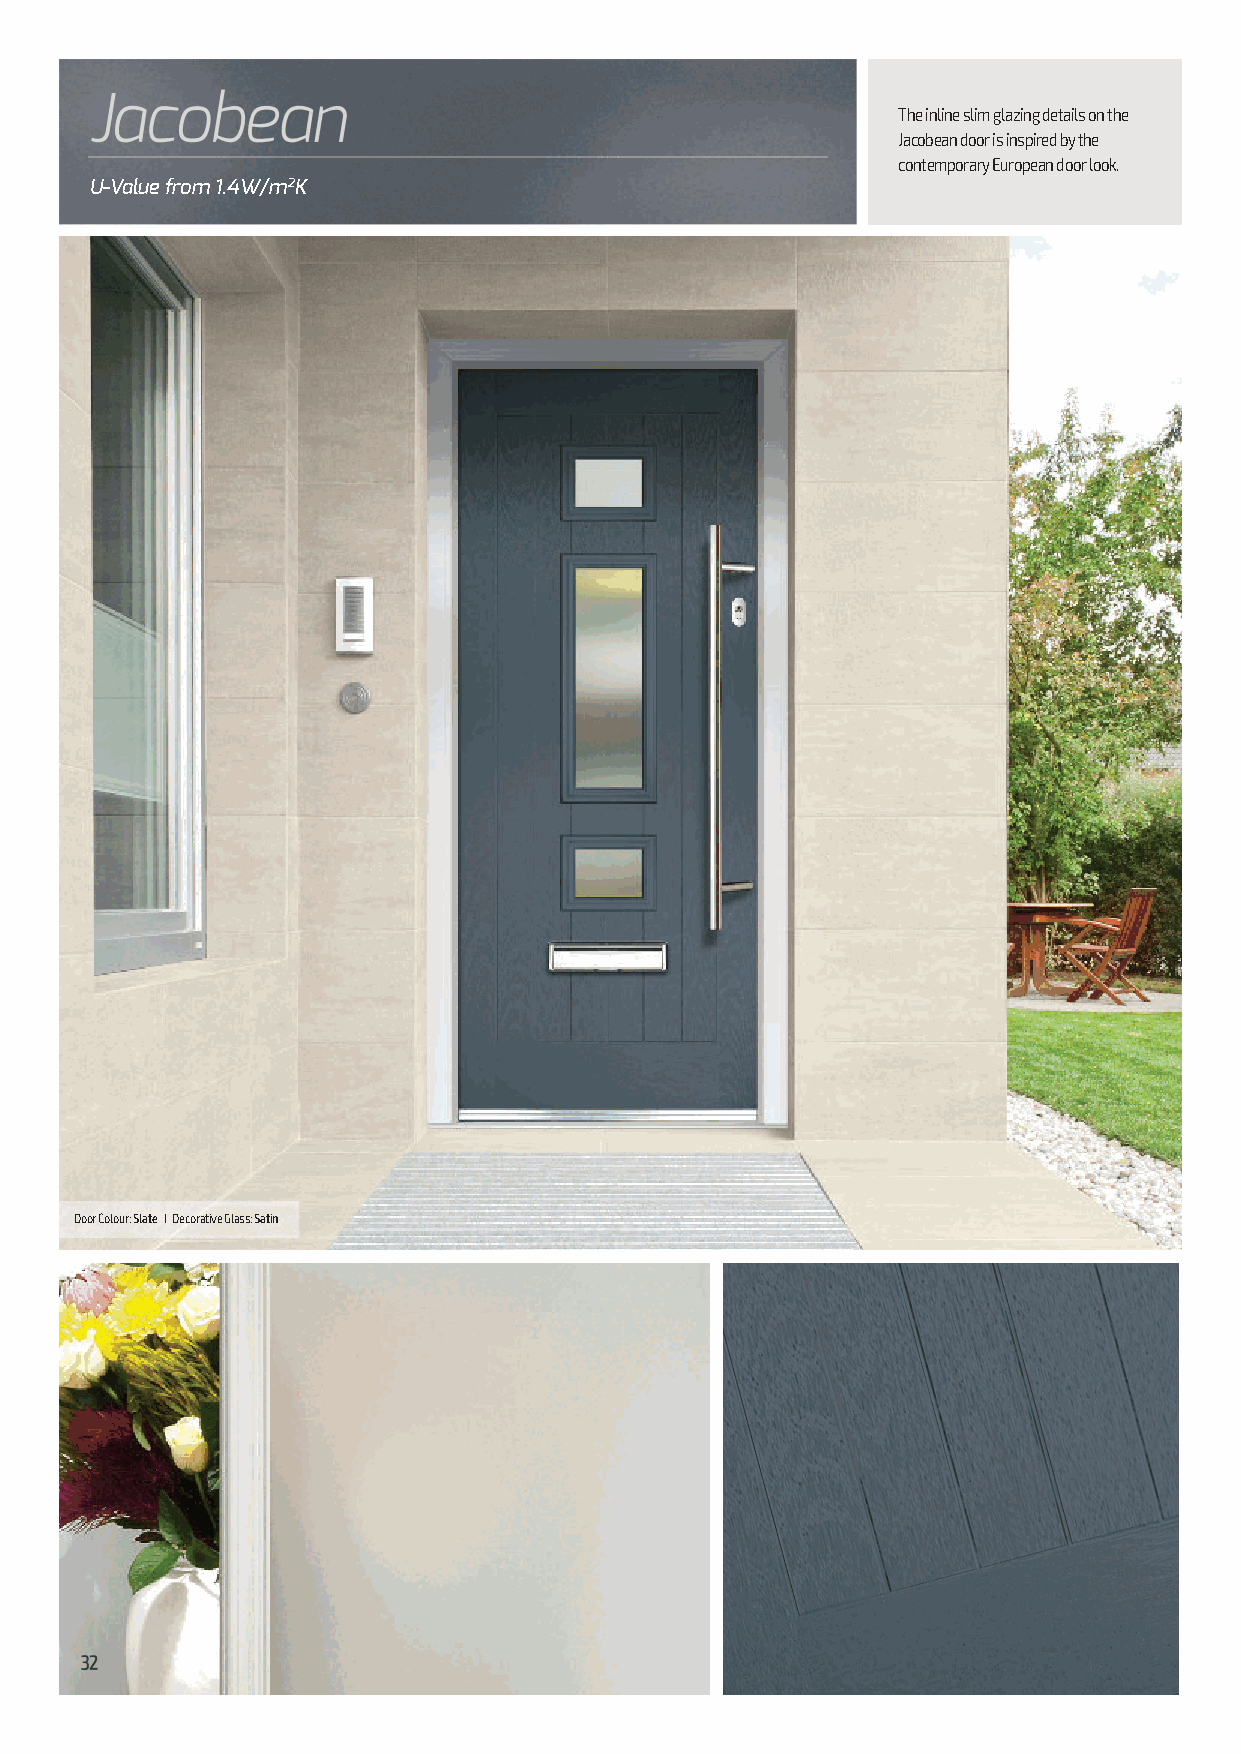
The inline slim glazing details on the
 Jacobean door is inspired by the
 contemporary European door look.
 U-Value from 1.4W/m2K
 Door Colour: Slate I Decorative Glass: Satin